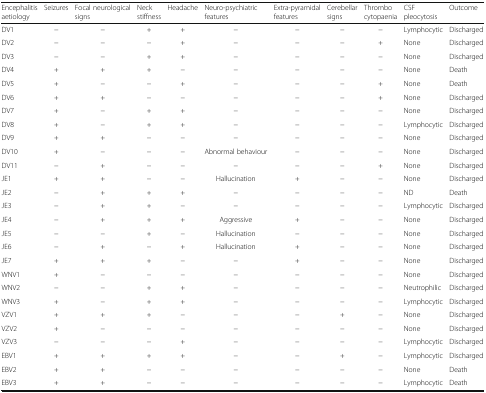
| Encephalitis aetiology | Seizures | Focal neurological signs | Neck stiffness | Headache | Neuro-psychiatric features | Extra-pyramidal features | Cerebellar signs | Thrombo cytopaenia | CSF pleocytosis | Outcome |
 | --- | --- | --- | --- | --- | --- | --- | --- | --- | --- | --- |
 | DV1 | − | − | + | + | − | − | − | − | Lymphocytic | Discharged |
 | DV2 | − | − | − | + | − | − | − | + | None | Discharged |
 | DV3 | − | − | + | + | − | − | − | − | None | Discharged |
 | DV4 | + | + | + | − | − | − | − | − | None | Death |
 | DV5 | + | − | − | + | − | − | − | + | None | Death |
 | DV6 | + | + | − | − | − | − | − | + | None | Discharged |
 | DV7 | + | − | + | + | − | − | − | − | None | Discharged |
 | DV8 | + | − | + | + | − | − | − | − | Lymphocytic | Discharged |
 | DV9 | + | + | − | − | − | − | − | − | None | Discharged |
 | DV10 | + | − | − | − | Abnormal behaviour | − | − | − | None | Discharged |
 | DV11 | − | + | − | − | − | − | − | + | None | Discharged |
 | JE1 | + | + | − | − | Hallucination | + | − | − | None | Discharged |
 | JE2 | − | + | + | + | − | − | − | − | ND | Death |
 | JE3 | − | + | + | − | − | − | − | − | Lymphocytic | Discharged |
 | JE4 | − | + | + | + | Aggressive | + | − | − | None | Discharged |
 | JE5 | − | − | + | − | Hallucination | − | − | − | None | Discharged |
 | JE6 | − | + | − | + | Hallucination | + | − | − | None | Discharged |
 | JE7 | + | + | + | − | − | + | − | − | None | Discharged |
 | WNV1 | + | − | − | − | − | − | − | − | None | Discharged |
 | WNV2 | − | − | + | + | − | − | − | − | Neutrophilic | Discharged |
 | WNV3 | + | − | + | + | − | − | − | − | Lymphocytic | Discharged |
 | VZV1 | + | + | + | − | − | − | + | − | None | Discharged |
 | VZV2 | + | − | − | − | − | − | − | − | None | Discharged |
 | VZV3 | − | − | − | + | − | − | − | − | Lymphocytic | Discharged |
 | EBV1 | + | + | + | + | − | − | + | − | Lymphocytic | Discharged |
 | EBV2 | + | + | − | − | − | − | − | − | None | Death |
 | EBV3 | + | + | − | − | − | − | − | − | Lymphocytic | Death |